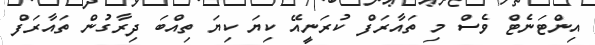
އިންޓަނެޓް ވެސް މި ތައާރަފް ކުރަނީއޭ ކިޔަ ކިޔަ ތިއްބަ ދިރާގުން ތައާރަފް